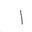
Letter: _alif